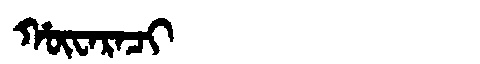
Manchu: ᡥᡡᠸᠠᡵᠠᠴᡳ
Romanization: HŪWARACI